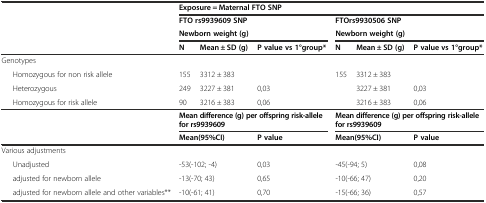
<table><thead><tr><td></td><td></td><td colspan="6"><b>Exposure = Maternal FTO SNP</b></td></tr><tr><td></td><td></td><td colspan="3"><b>FTO rs9939609 SNP</b></td><td colspan="3"><b>FTOrs9930506 SNP</b></td></tr><tr><td></td><td></td><td colspan="3"><b>Newborn weight (g)</b></td><td colspan="3"><b>Newborn weight (g)</b></td></tr><tr><td></td><td></td><td><b>N</b></td><td><b>Mean ± SD (g)</b></td><td><b>P value vs 1°group*</b></td><td><b>N</b></td><td><b>Mean ± SD (g)</b></td><td><b>P value vs 1°group*</b></td></tr></thead><tbody><tr><td colspan="2">Genotypes</td><td></td><td></td><td></td><td></td><td></td><td></td></tr><tr><td></td><td>Homozygous for non risk allele</td><td>155</td><td>3312 ± 383</td><td></td><td>155</td><td>3312 ± 383</td><td></td></tr><tr><td></td><td>Heterozygous</td><td>249</td><td>3227 ± 381</td><td>0,03</td><td></td><td>3227 ± 381</td><td>0,03</td></tr><tr><td></td><td>Homozygous for risk allele</td><td>90</td><td>3216 ± 383</td><td>0,06</td><td></td><td>3216 ± 383</td><td>0,06</td></tr><tr><td></td><td></td><td colspan="3"><b>Mean difference (g) per offspring risk-allele for rs9939609</b></td><td colspan="3"><b>Mean difference (g) per offspring risk-allele for rs9939609</b></td></tr><tr><td></td><td></td><td colspan="2"><b>Mean(95%CI)</b></td><td><b>P value</b></td><td colspan="2"><b>Mean(95%CI)</b></td><td><b>P value</b></td></tr><tr><td colspan="2">Various adjustments</td><td></td><td></td><td></td><td></td><td></td><td></td></tr><tr><td></td><td>Unadjusted</td><td colspan="2">-53(-102; -4)</td><td>0,03</td><td colspan="2">-45(-94; 5)</td><td>0,08</td></tr><tr><td></td><td>adjusted for newborn allele</td><td colspan="2">-13(-70; 43)</td><td>0,65</td><td colspan="2">-10(-66; 47)</td><td>0,20</td></tr><tr><td></td><td>adjusted for newborn allele and other variables**</td><td colspan="2">-10(-61; 41)</td><td>0,70</td><td colspan="2">-15(-66; 36)</td><td>0,57</td></tr></tbody></table>